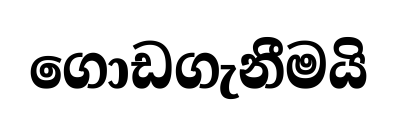
ගොඩගැනීමයි